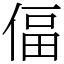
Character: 偪